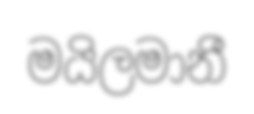
මයිලමානී